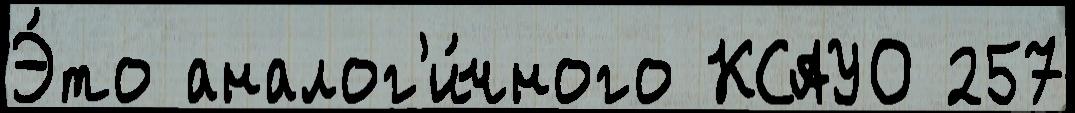
Э́то аналог'и́чного КСАУО 257